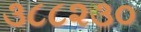
૩૮૮૨૩૦